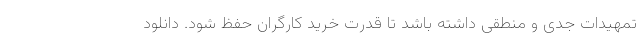
تمهیدات جدی و منطقی داشته باشد تا قدرت خرید کارگران حفظ شود. دانلود